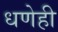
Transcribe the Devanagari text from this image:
धणेही